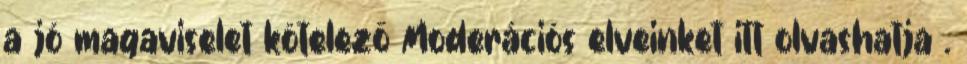
a jó magaviselet kötelező Moderációs elveinket itt olvashatja .